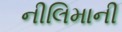
નીલિમાની